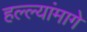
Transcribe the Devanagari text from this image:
हल्ल्यांमागे